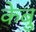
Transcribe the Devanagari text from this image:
केबु